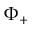
\Phi _ { + }